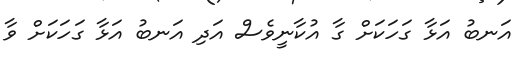
އަނބު އަޅާ ގަހަކަށް ގާ އުކާނީވެސް އަދި އަނބު އަޅާ ގަހަކަށް ވާ